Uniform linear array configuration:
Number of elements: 24
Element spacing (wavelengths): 0.25
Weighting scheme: uniform
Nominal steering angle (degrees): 15
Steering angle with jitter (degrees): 16.368
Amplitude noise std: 0.05
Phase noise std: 0.05

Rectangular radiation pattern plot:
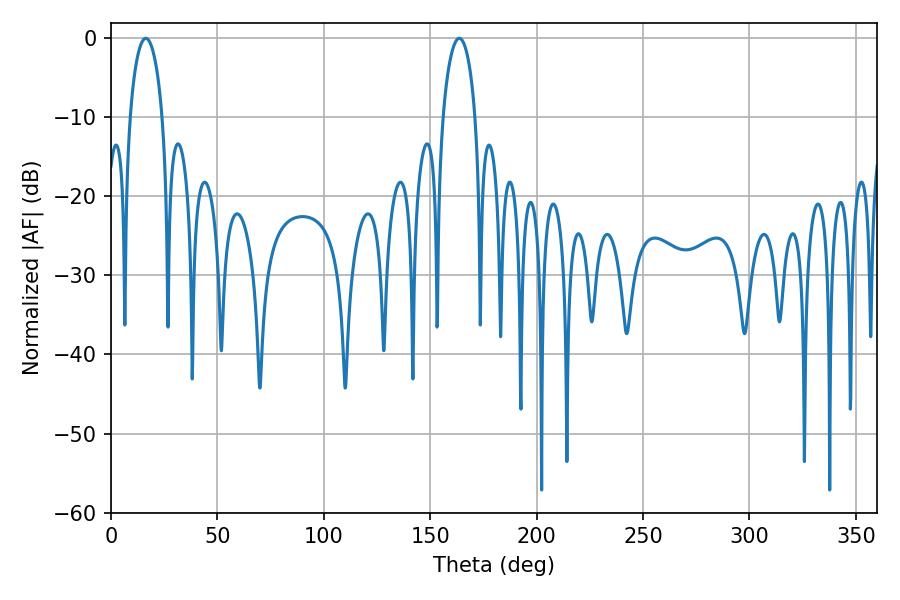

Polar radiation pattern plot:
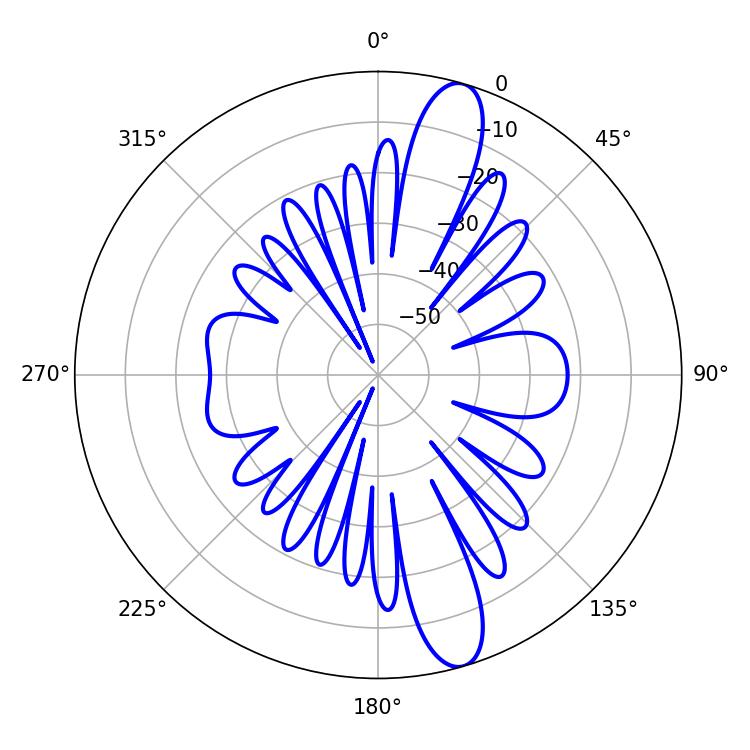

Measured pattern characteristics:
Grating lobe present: FALSE
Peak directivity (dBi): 13.172
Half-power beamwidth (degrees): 8.64
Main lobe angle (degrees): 16.38